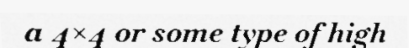
a 4×4 or some type of high